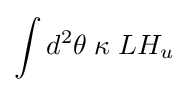
\int d^{2}\theta \;\kappa \;LH_{u}